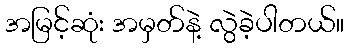
အမြင့်ဆုံး အမှတ်နဲ့ လွဲခဲ့ပါတယ်။